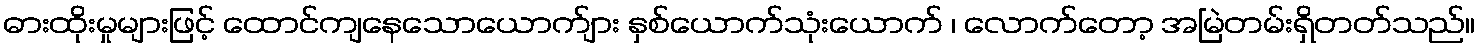
ဓားထိုးမှုများဖြင့် ထောင်ကျနေသောယောက်ျား နှစ်ယောက်သုံးယောက် ၊ လောက်တော့ အမြဲတမ်းရှိတတ်သည်။